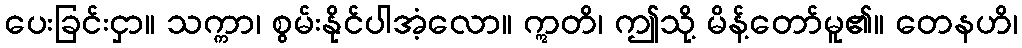
ပေးခြင်းငှာ။ သက္ကာ၊ စွမ်းနိုင်ပါအံ့လော။ ဣတိ၊ ဤသို့ မိန့်တော်မူ၏။ တေနဟိ၊